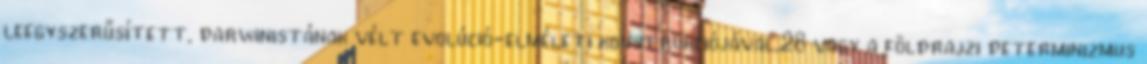
leegyszerűsített, darwinistának vélt evolúció-elméleti konstrukciójával,28 vagy a földrajzi determinizmus